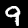
Label: 9